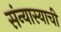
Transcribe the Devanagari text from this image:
संन्यास्याची